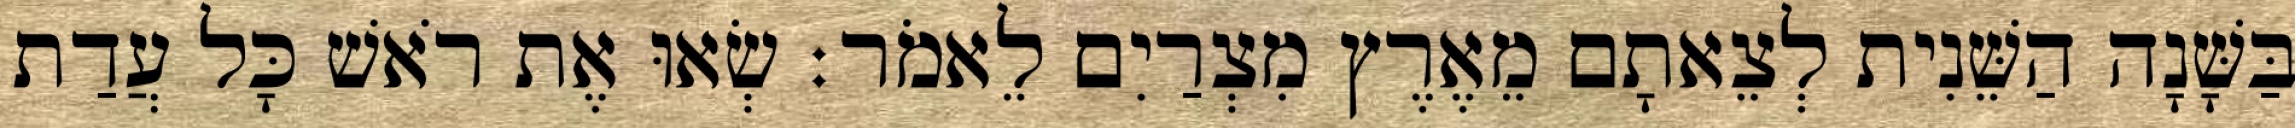
בַּשָּׁנָה הַשֵּׁנִית לְצֵאתָם מֵאֶרֶץ מִצְרַיִם לֵאמֹר׃ שְׂאוּ אֶת רֹאשׁ כָּל עֲדַת